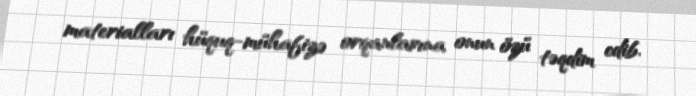
materialları hüquq-mühafizə orqanlarına onun özü təqdim edib.